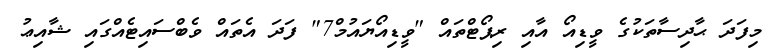
މިފަދަ ޙާދިސާތަކުގެ ވީޑިއޯ އާއި ރިޕޯޓްތައް "ވީޑިއޯޔައުމް7" ފަދަ އެތައް ވެބްސައިޓެއްގައި ޝާއިޢު